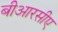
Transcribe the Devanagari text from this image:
बीआरसीए